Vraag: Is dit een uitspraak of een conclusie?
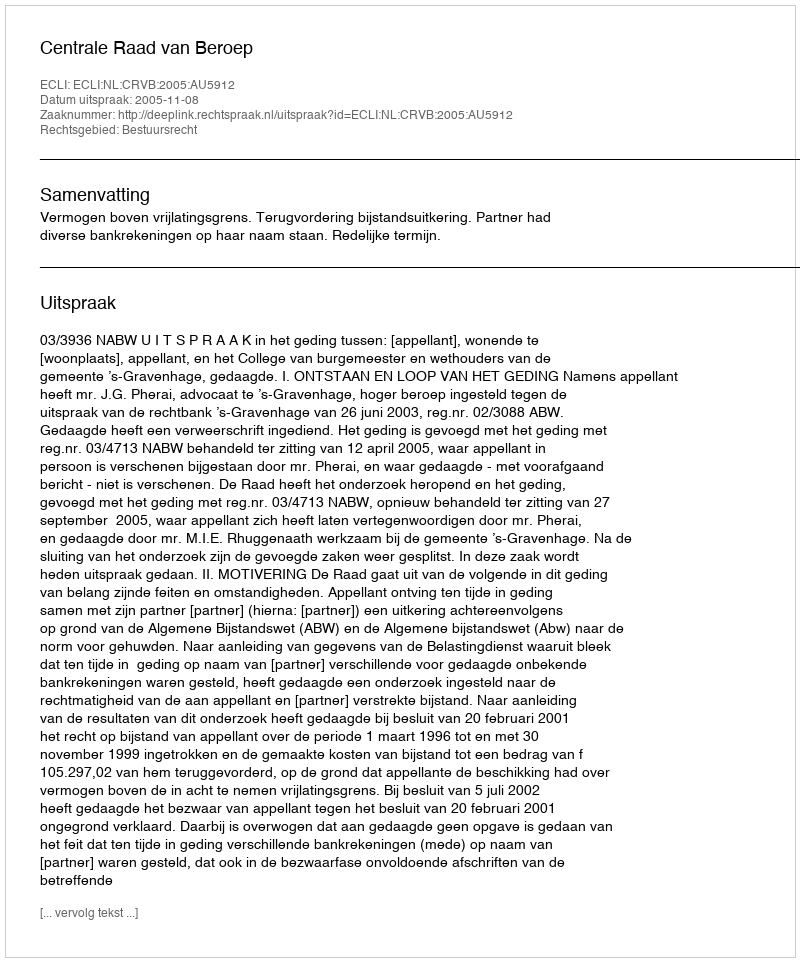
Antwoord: Uitspraak